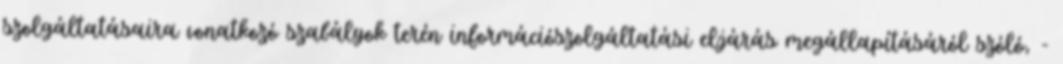
szolgáltatásaira vonatkozó szabályok terén információszolgáltatási eljárás megállapításáról szóló, -